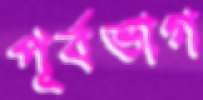
পূর্বভাগ